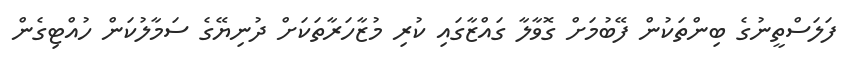
ފަލަސްތީނުގެ ބިންތަކުން ފޭބުމަށް ގޮވާލާ ގައްޒާގައި ކުރި މުޒާހަރާތަކަށް ދުނިޔޭގެ ސަމާލުކަން ހުއްޓިގެން